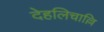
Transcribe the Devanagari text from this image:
देहलिचाल्लि